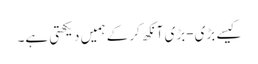
کیسے بڑی-بڑی آنکھ کرکے ہمیں دیکھتی ہے۔